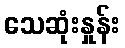
သေဆုံးနှုန်း